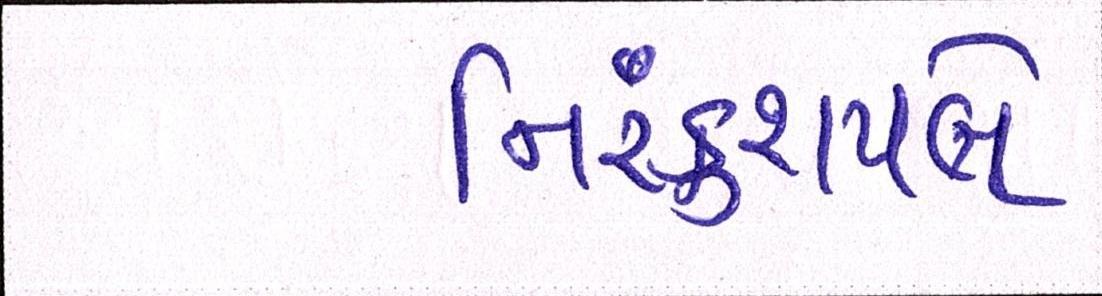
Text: નિરંકુશપણે